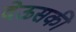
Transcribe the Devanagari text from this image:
देऊसकी